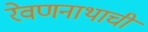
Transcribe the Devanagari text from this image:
रेवणनाथाची